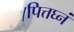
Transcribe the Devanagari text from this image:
।पित्तघ्नं